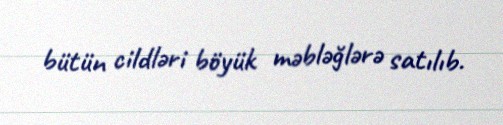
bütün cildləri böyük məbləğlərə satılıb.